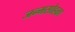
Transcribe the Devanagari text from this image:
जन्मसोहळा